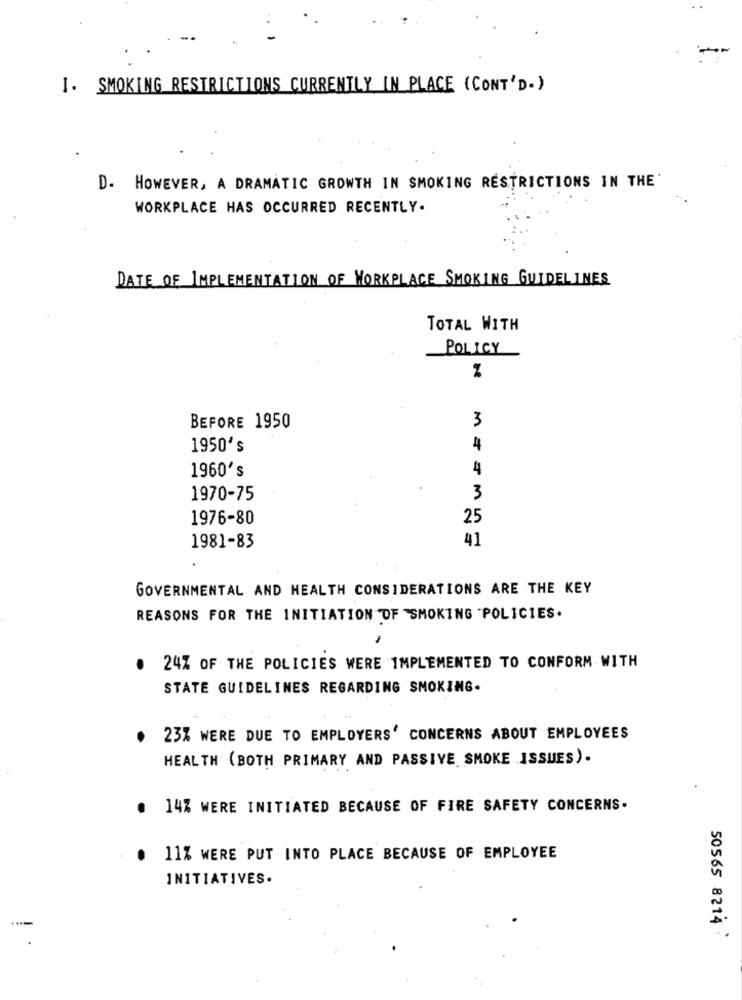
I. SMOKING RESTRICTIONS CURRENTLY IN PLACE (CONT'D.)
D. HOWEVER, A DRAMATIC GROWTH IN SMOKING RESTRICTIONS IN THE'
WORKPLACE HAS OCCURRED RECENTLY.
DATE OF IMPLEMENTATION OF WORKPLACE SMOKING GUIDELINES
TOTAL WITH
POLICY
3
BEFORE 1950
1950's
4
1960's
4
1970-75
3
1976-80
25
41
1981-83
GOVERNMENTAL AND HEALTH CONSIDERATIONS ARE THE KEY
REASONS FOR THE INITIATION OF SMOKING "POLICIES.
24% OF THE POLICIES WERE IMPLEMENTED TO CONFORM WITH
STATE GUIDELINES REGARDING SMOKING.
23% WERE DUE TO EMPLOYERS' CONCERNS ABOUT EMPLOYEES
HEALTH (BOTH PRIMARY AND PASSIVE SMOKE ISSUES).
14% WERE INITIATED BECAUSE OF FIRE SAFETY CONCERNS.
11% WERE PUT INTO PLACE BECAUSE OF EMPLOYEE
INITIATIVES.
50565 8214